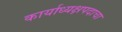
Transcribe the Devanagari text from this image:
कार्याध्यक्षपदाचा